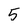
Character: 5